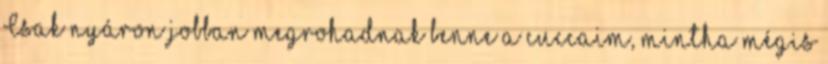
Csak nyáron jobban megrohadnak benne a cuccaim, mintha mégis